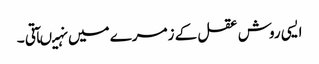
ایسی روش عقل کے زمرے میں نہیںآتی ۔